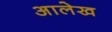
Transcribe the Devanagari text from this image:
अालेख